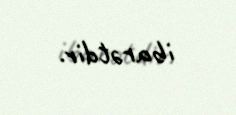
ibarətdir.